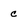
Character: c